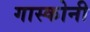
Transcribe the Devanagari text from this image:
गास्कोनी